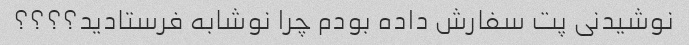
نوشیدنی پت سفارش داده بودم چرا نوشابه فرستادید؟؟؟؟